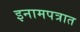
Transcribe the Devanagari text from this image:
इनामपत्रात